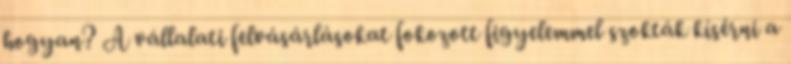
hogyan? A vállalati felvásárlásokat fokozott figyelemmel szokták kísérni a